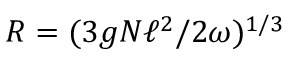
R = ( 3 g N \ell ^ { 2 } / 2 \omega ) ^ { 1 / 3 }